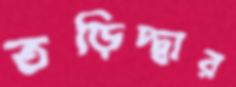
তড়িদ্‌দ্বার